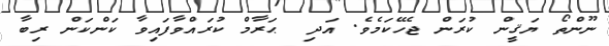
ނޫންތޯ ޔަޤީން ކުރަން ޖެހޭކަމެވެ. އަދި  ޙަރާމް ކުރައްވާފައިވާ ކަންކަން ރިބާ